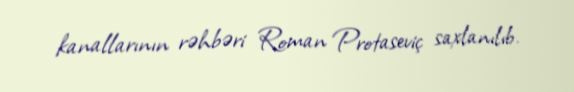
kanallarının rəhbəri Roman Protaseviç saxlanılıb.